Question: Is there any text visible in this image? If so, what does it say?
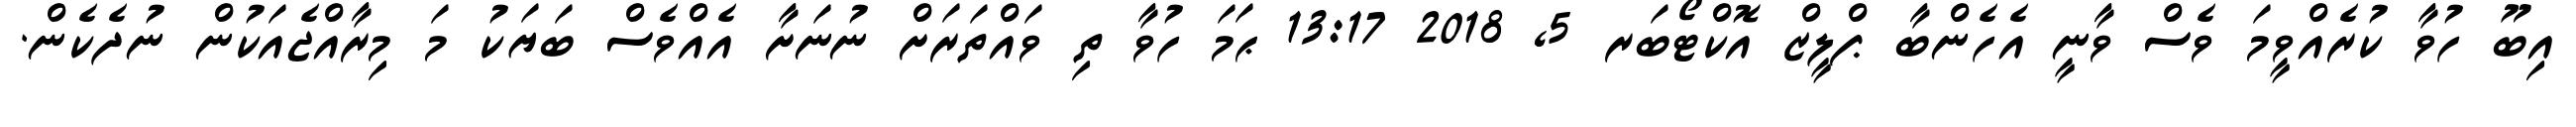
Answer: އިބޫ ހުވާ ކުރެއްވީމަ ވެސް ވާނީ އެހެންބާ ޕްލީޒް އޮކްޓޯބަރ 5, 2018 13:17 ޙަމަ ހުވާ ތި ވައްތަރަށް ނުނަށާ އެއްވެސް ބަޔަކު މަ މިރާއްޖެއަކުން ނުދެކެން.